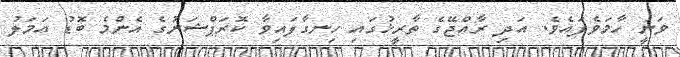
ވަނީ ހާމަވެފައެވެ. އަދި ރާއްޖޭގެ ތާރީޚުގައި ހިނގާފައިވާ ކޮރަޕްޝަނުގެ އެންމެ ބޮޑު އަމަލު